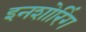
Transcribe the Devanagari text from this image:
इनशोरिंग